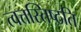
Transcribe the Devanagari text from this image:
त्वत्तस्तिष्ठति